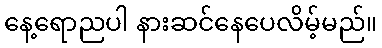
နေ့ရောညပါ နားဆင်နေပေလိမ့်မည်။